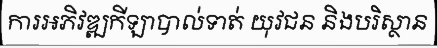
ការអភិវឌ្ឍកីឡាបាល់ទាត់ យុវជន និងបរិស្ថាន